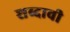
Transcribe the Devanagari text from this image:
शब्दावी